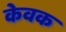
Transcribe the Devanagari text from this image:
केवक